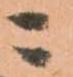
ニ